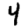
Digit: 4